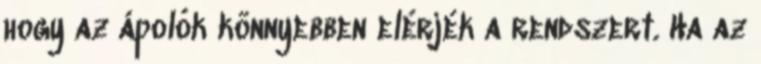
hogy az ápolók könnyebben elérjék a rendszert. Ha az